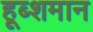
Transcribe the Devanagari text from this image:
हूब्शमान